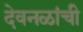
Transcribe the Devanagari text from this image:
देवनळांची